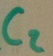
Text: C2